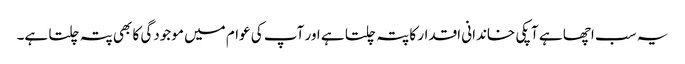
یہ سب اچھا ہے آپکی خاندانی اقدار کا پتہ چلتا ہے اور آپ کی عوام میں موجودگی کا بھی پتہ چلتا ہے۔